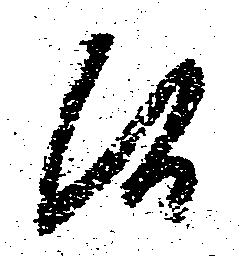
候